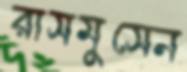
রাসমুসেন